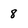
Character: 8